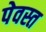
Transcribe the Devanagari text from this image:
पेवस्त